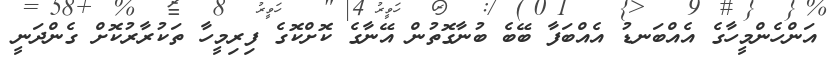
އަންހެންމީހާގެ އެއްބަނޑު އެއްބަފާ ބޭބެ ބުނާގޮތުން އޭނާގެ ކޮށްކޮގެ ފިރިމީހާ ތަކުރާރުކޮށް ގެންދަނީ